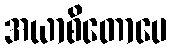
အယာစိတောပေ